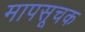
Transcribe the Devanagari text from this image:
मापसूचक